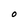
Character: O